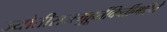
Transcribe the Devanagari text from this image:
ज्योतीराजमुहूर्तकिर्तीमहिते